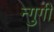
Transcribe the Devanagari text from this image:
न्गुगी